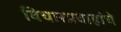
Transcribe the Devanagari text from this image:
विचारप्रवाहांचे